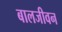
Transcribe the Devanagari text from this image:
बालजीवन